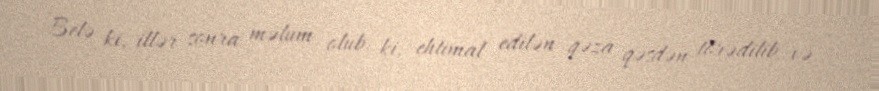
Belə ki, illər sonra məlum olub ki, ehtimal edilən qəza qəsdən törədilib və